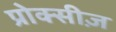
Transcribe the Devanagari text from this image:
प्रोक्सीज़